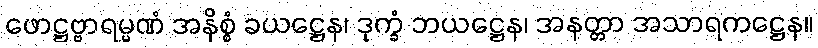
ဖောဋ္ဌဗ္ဗာရမ္မဏံ အနိစ္စံ ခယဋ္ဌေန၊ ဒုက္ခံ ဘယဋ္ဌေန၊ အနတ္တာ အသာရကဋ္ဌေန။